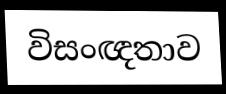
විසංඥතාව